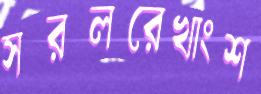
সরলরেখাংশ